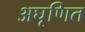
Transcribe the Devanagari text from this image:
अघृणित